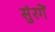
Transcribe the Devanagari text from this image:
सुंरगें